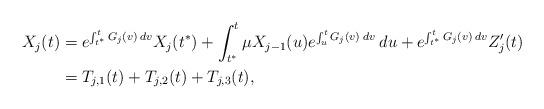
LaTeX: \begin{align*}X_j(t) &= e^{\int_{t^*}^t G_j(v) \: dv} X_j(t^*) + \int_{t^*}^t \mu X_{j-1}(u) e^{\int_u^t G_j(v) \: dv} \: du + e^{\int_{t^*}^t G_j(v) \: dv} Z_j'(t) \\&= T_{j,1}(t) + T_{j,2}(t) + T_{j,3}(t),\end{align*}